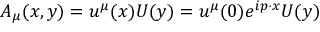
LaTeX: A _ { \mu } ( x , y ) = u ^ { \mu } ( x ) U ( y ) = u ^ { \mu } ( 0 ) e ^ { i p \cdot x } U ( y )